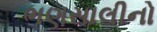
ભણસાલીનો